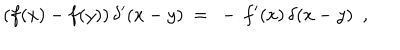
LaTeX: ( f ( x ) - f ( y ) ) \, \delta ^ { \prime } ( x - y ) ~ = ~ - \, f ^ { \prime } ( x ) \, \delta ( x - y ) ~ ~ ,